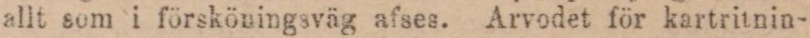
allt som i försköningsväg afses. Arvodet för kartritnin-